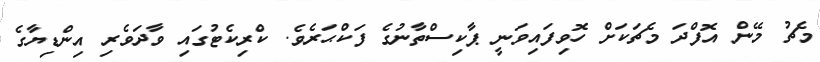
މެޗު މޭން އޮފްދަ މެޗަކަށް ހޮވިފައިވަނީ ޕާކިސްތާނުގެ ފަކްޙަރެވެ. ކްރިކެޓުގައި ވާދަވެރި އިންޑިޔާގެ